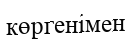
көргенімен